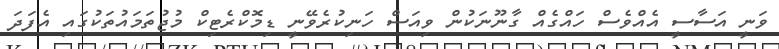
ވަނީ އަސާސީ އެއްވެސް ހައްގެއް ގާނޫނަކުން ވިއަސް ހަނިކުރެވޭނީ ޑިމޮކްރެޓިކް މުޖުތަމައުތަކުގައި އެފަދަ